Trukikaitis_Postimees, lk 47
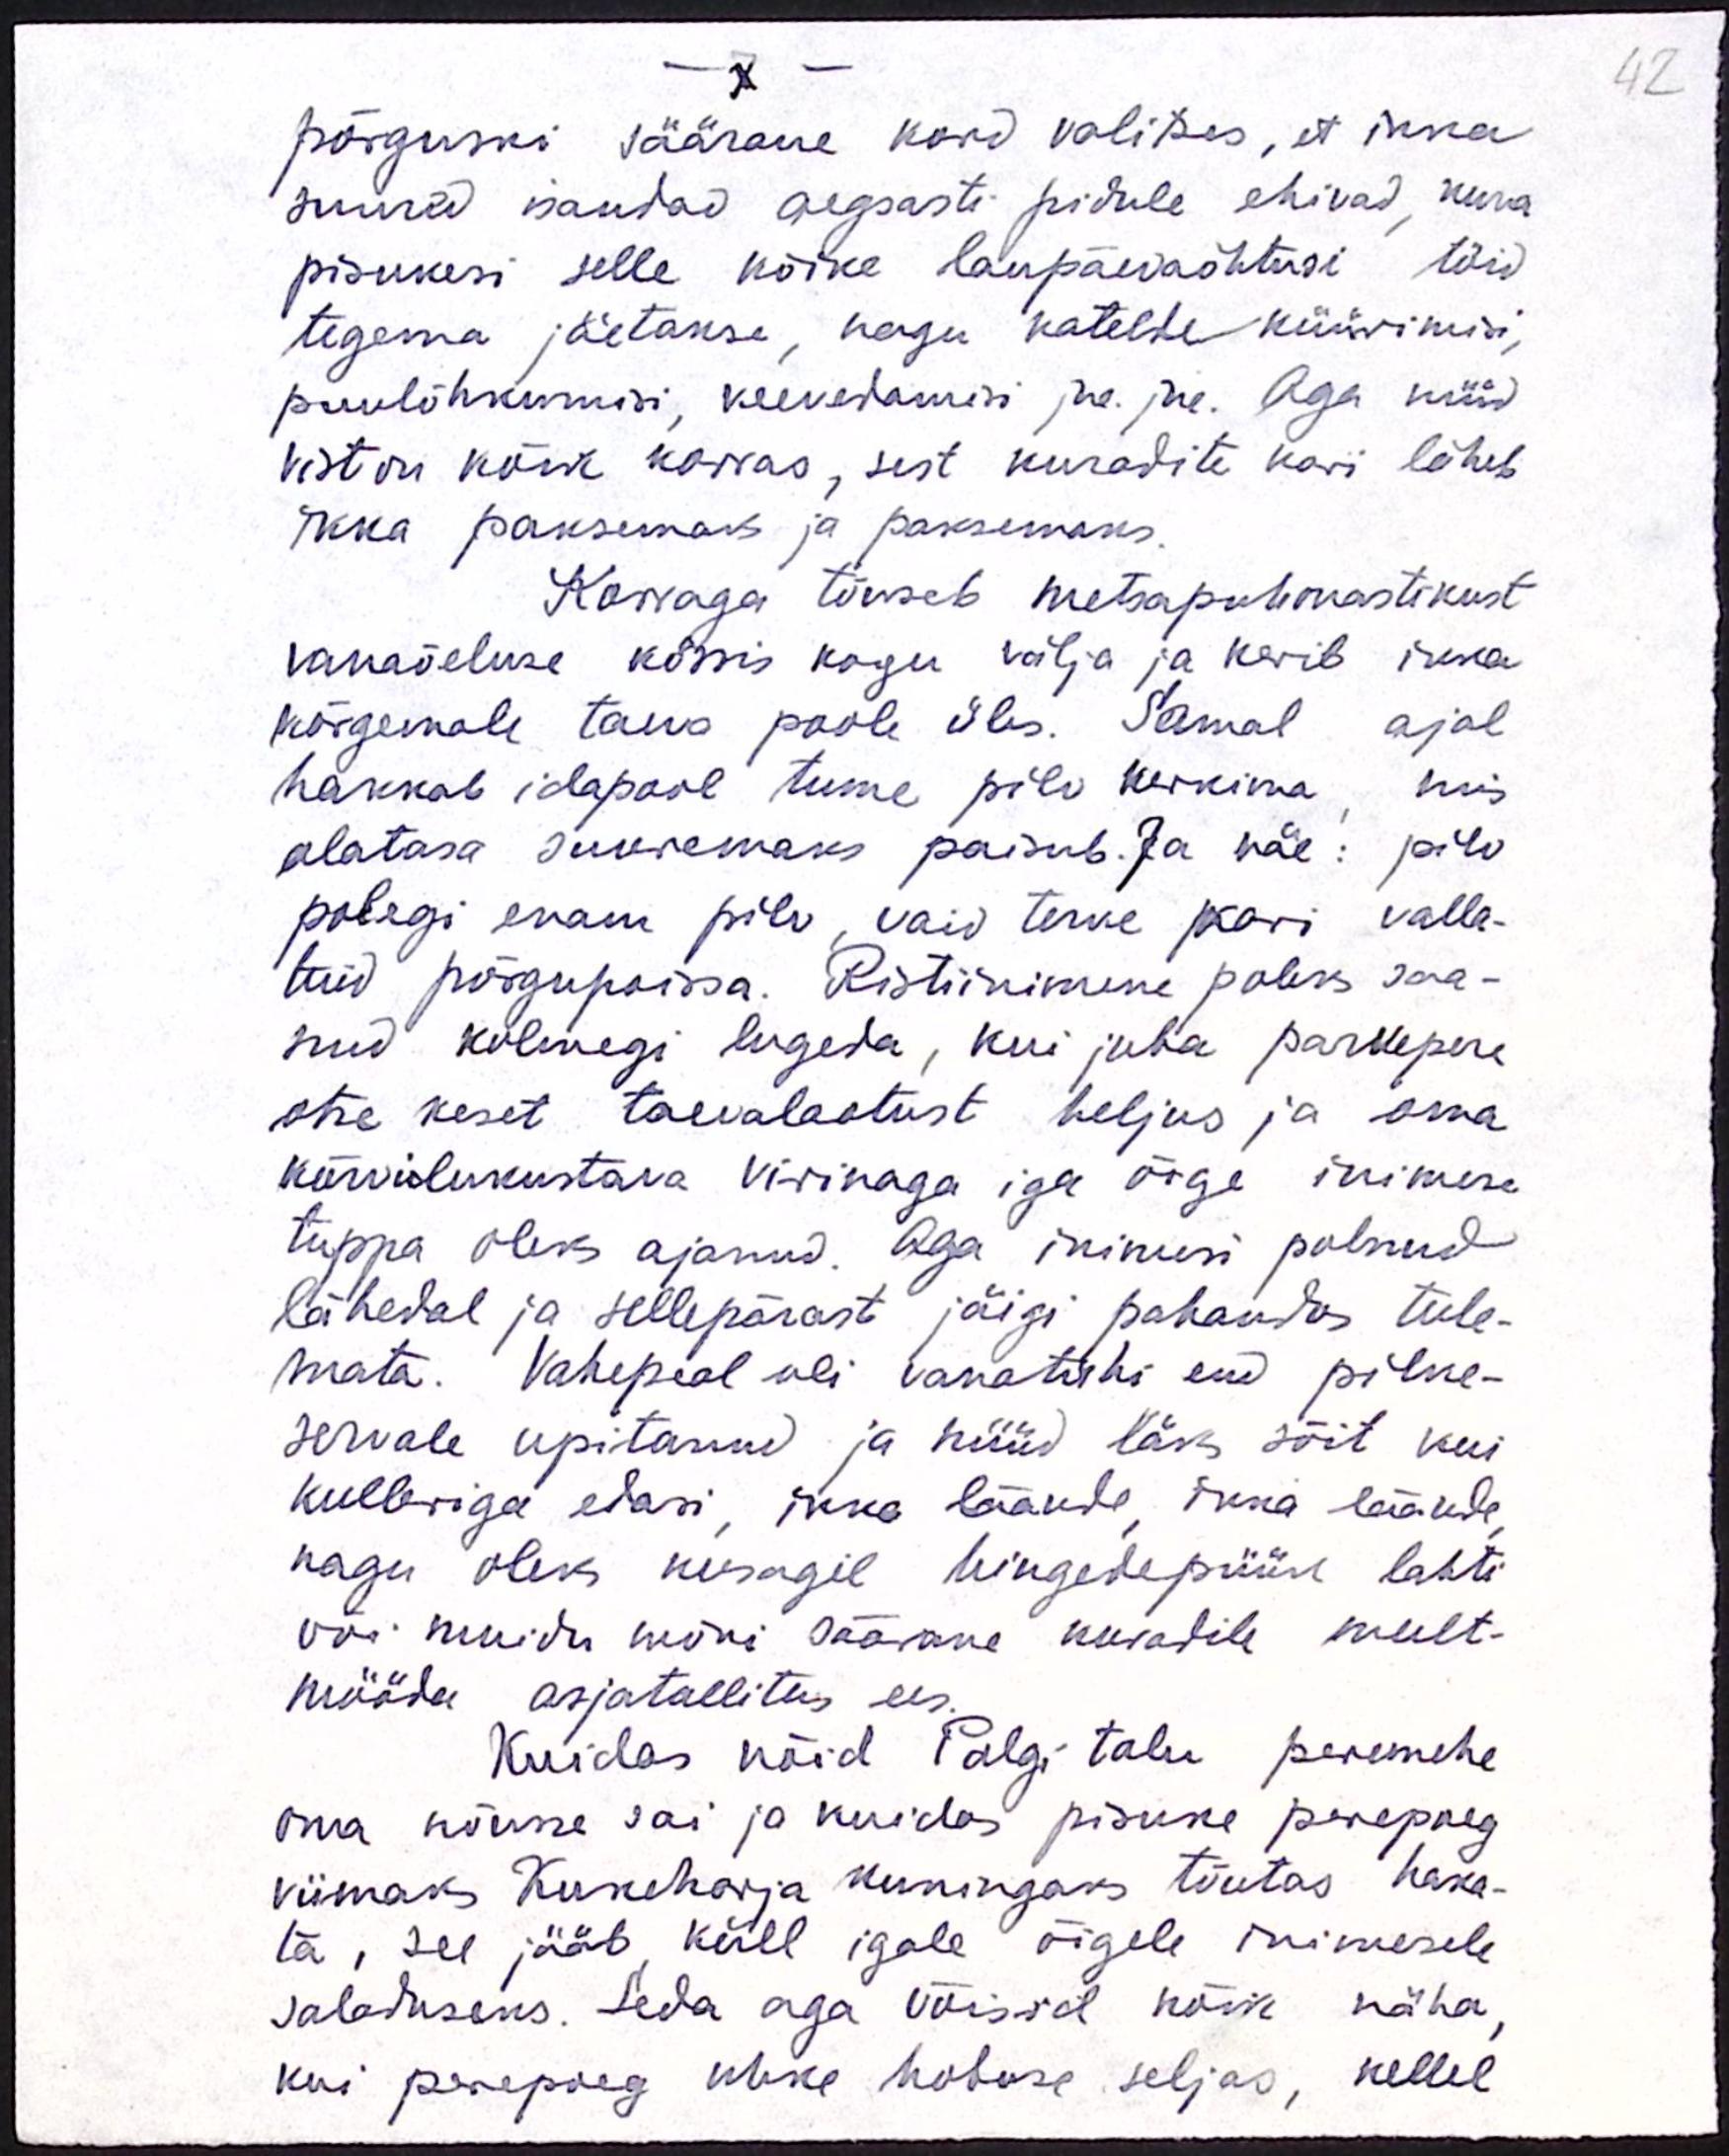
42

-7-
põrguski väärane kord valitses, et ikka
suured isandad aegsasti pidule ehivad, kuna
pisukesi selle kõike laupäevaõhtusi töid
tegema jäetakse, nagu katelde küürimisi,
puulõhkumisi, veevedamisi jne. jne. Aga nüüd
vist on kõik korras, sest kuradite kari läheb
ikka paksemaks ja paksemaks.
Korraga tõuseb metsapuhmastikust
vanaõeluse kössis kogu välja ja kerib ikka
kõrgemale taeva poole üles. Samal ajal
hakkab idapool tume pilv kerkima, mis
alatasa suuremaks paisub. Ja näe: pilv
polegi enam pilv, vaid terve kari valla-
tuid põrgupoissa. Ristiinimene poleks saa-
nud kolmegi lugeda, kui juba parvepere
otse keset taevalaotust heljus ja oma
kõrvilukustava virinaga iga õige inimese
tuppa oleks ajanud. Aga inimesi polnud
lähedal ja sellepärast jäigi pahandus tule-
mata. Vahepeal oli vanatühi end pilve-
servale upitanud ja hüüd läks sõit kui
kulleriga edasi, ikka läände, ilma läände,
nagu oleks kusagil hingedepüük lahti
või muidu mõni säärane kuradile meelt-
mööda asjatallitus ees.
Kuidas näid Palgi talu peremehe
oma nõusse sai ja kuidas pisuke perepoeg
viimaks Kukeharja kuningaks tõutas haka-
ta, see jääb küll igale õigele inimesele
saladuseks. Seda aga võisid kõik näha,
kui perepoeg uhke hobuse seljas, kellel